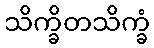
သိက္ခိတသိက္ခံ